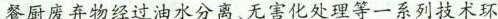
餐厨废弃物经过油水分离、无害化处理等一系列技术环